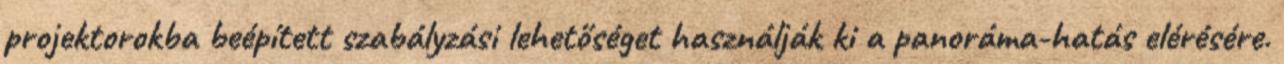
projektorokba beépített szabályzási lehetőséget használják ki a panoráma-hatás elérésére.